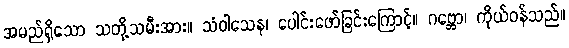
အမည်ရှိသော သတို့သမီးအား။ သံဝါသေန၊ ပေါင်းဖော်ခြင်းကြောင့်။ ဂဗ္ဘော၊ ကိုယ်ဝန်သည်။